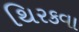
થિરકવા